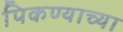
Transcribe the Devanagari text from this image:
पिकण्याच्या